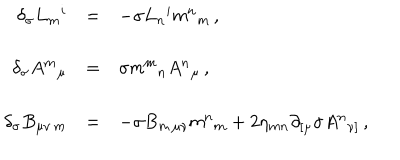
\begin{array} { r c l } { { \delta _ { \sigma } L _ { m } { } ^ { i } } } & { { = } } & { { - \sigma L _ { n } { } ^ { i } \mathsf { m } ^ { n } { } _ { m } \, , } } \\ { { } } & { { } } & { { } } \\ { { \delta _ { \sigma } A ^ { m } { } _ { \mu } } } & { { = } } & { { \sigma \mathsf { m } ^ { m } { } _ { n } A ^ { n } { } _ { \mu } \, , } } \\ { { } } & { { } } & { { } } \\ { { \delta _ { \sigma } B _ { \mu \nu \, m } } } & { { = } } & { { - \sigma B _ { m \, \mu \nu } \mathsf { m } ^ { n } { } _ { m } + 2 \eta _ { m n } \partial _ { [ \mu } \sigma A ^ { n } { } _ { \nu ] } \, , } } \\ \end{array}